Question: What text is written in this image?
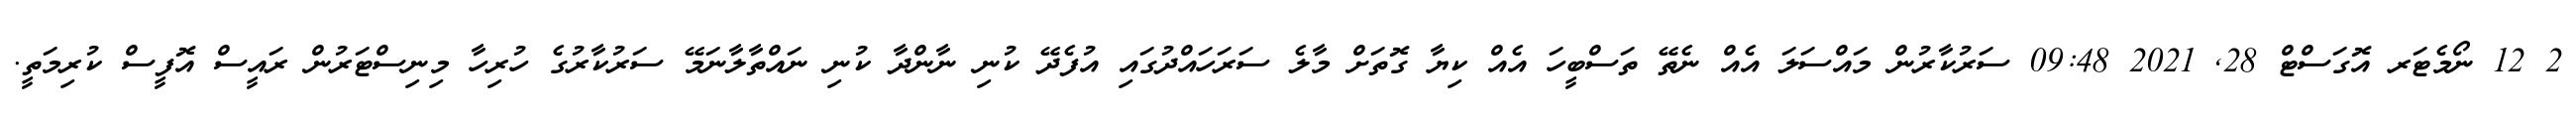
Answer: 2 12 ނޯމެޓަރ އޮގަސްޓް 28, 2021 09:48 ސަރުކާރުން މައްސަލަ އެއް ނެތޭ ތަސްބީހަ އެއް ކިޔާ ގޮތަށް މާލެ ސަރަހައްދުގައި އުފެދޭ ކުނި ނާންދާ ކުނި ނައްތާލާނަމޭ ސަރުކާރުގެ ހުރިހާ މިނިސްޓަރުން ރައީސް އޮފީސް ކުރިމަތީ.